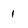
Character: 1